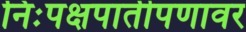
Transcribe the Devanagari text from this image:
निःपक्षपातीपणावर